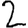
Digit: 2